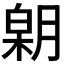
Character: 𣎋